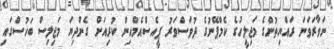
ނަވާރަވަނަ ރައްޔިތުންގެ މަޖިލީހުގެ ކެމްޕޭނުގެ ދުވަސްވަރު ޕީއެސްއެމްއިން ކުރިއަށް ގެންދިޔަ މަޖިލިސް ބަހުސްގައި